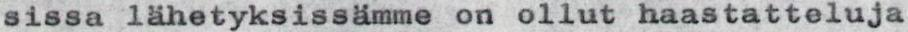
sissa lähetyksissämme on ollut haastatteluja